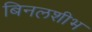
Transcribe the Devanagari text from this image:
बिनलशीभ